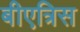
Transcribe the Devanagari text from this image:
बीएत्रिस